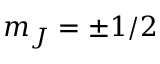
m _ { J } = \pm 1 / 2